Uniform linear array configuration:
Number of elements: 24
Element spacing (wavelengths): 0.75
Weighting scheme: hamming
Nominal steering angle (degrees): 45
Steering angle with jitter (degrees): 46.243
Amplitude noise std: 0.05
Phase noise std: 0.05

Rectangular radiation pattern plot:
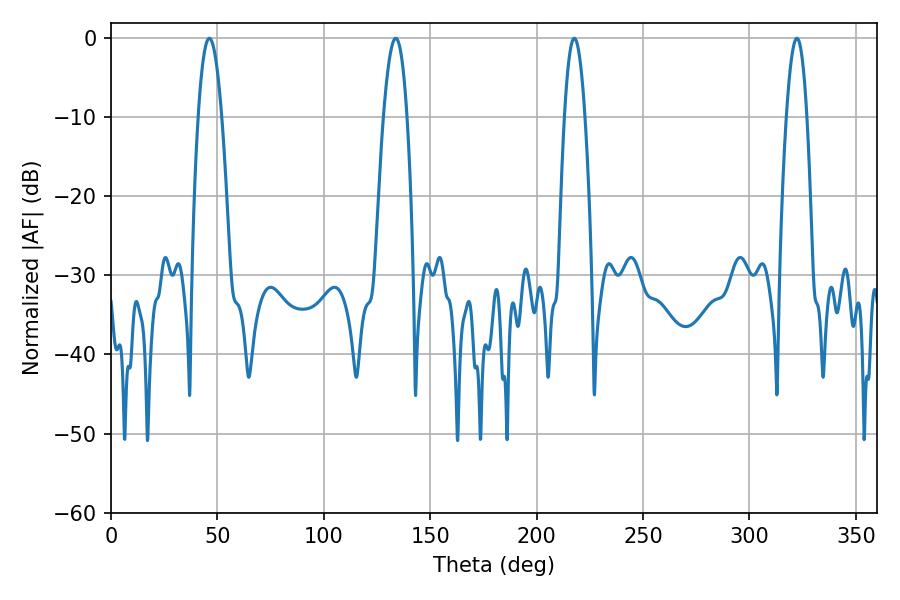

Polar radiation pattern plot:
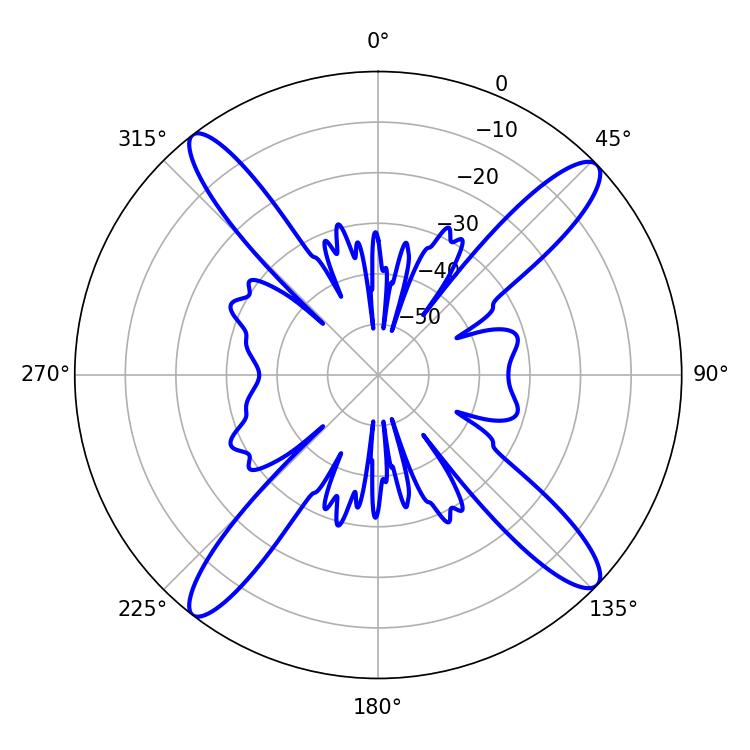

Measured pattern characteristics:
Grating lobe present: TRUE
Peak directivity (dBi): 16.689
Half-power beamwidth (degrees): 6.12
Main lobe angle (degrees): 46.26